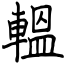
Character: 轀